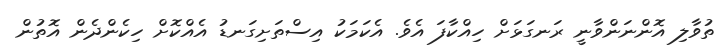
ތުވާލި އޮންނަންވާނީ ރަނގަޅަށް ހިއްކާފަ އެވެ. އެކަމަކު އިސްތަށިގަނޑު އެއްކޮށް ހިކެންދެން އޮތުން